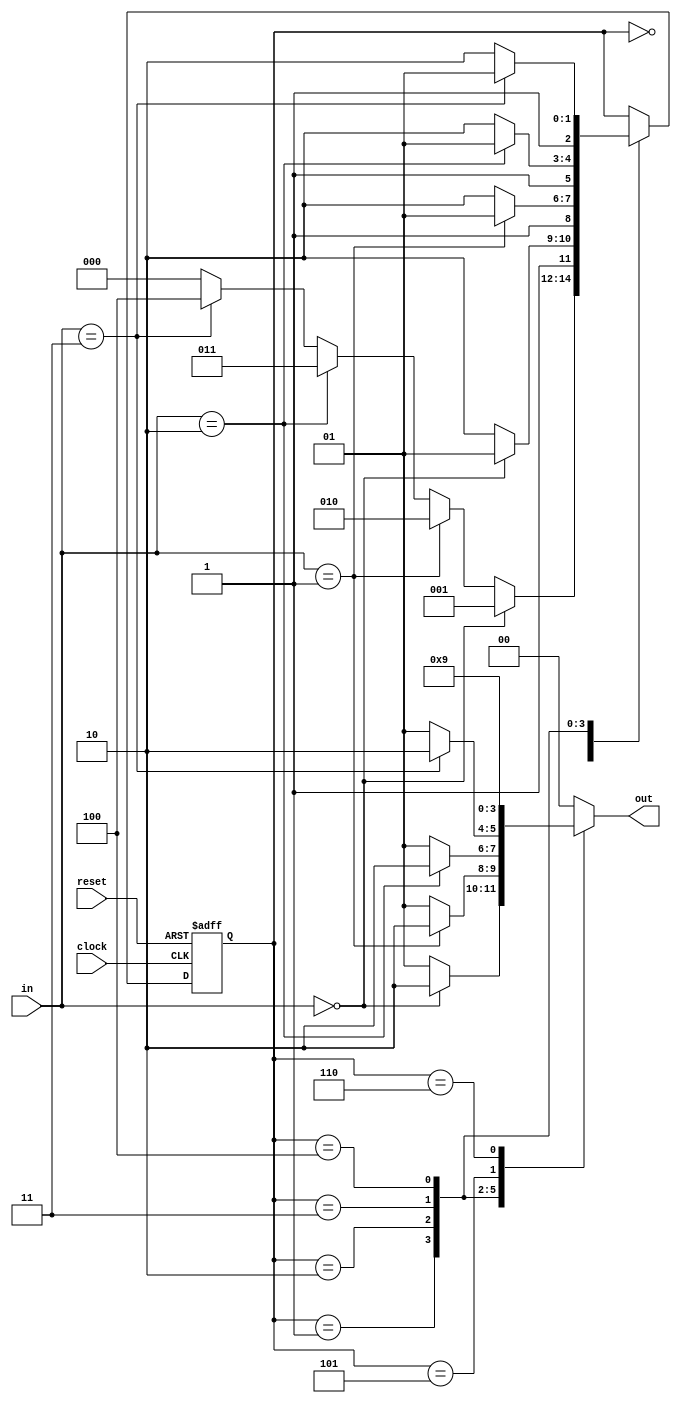
module simon1 (clock, reset, in, out);
  input wire clock, reset;
  input wire [1:0] in;
  output reg [1:0] out;

  localparam [2:0]
    start = 000,
    R = 001,
    G = 010,
    B = 011,
    Y = 100,
    win = 101,
    game_over = 110;
    
  reg[2:0] state_reg, state_next; 

  always @(posedge clock, posedge reset)
  begin
    if (reset) begin
        state_reg <= start;
    end
    else begin
        state_reg <= state_next;
    end
  end 

  always @(in, state_reg) begin 
    state_next = state_reg; // default state_next
    out = 00; // default outputs
    case(state_reg)
        start : begin
            if (in==2'b00) begin
                state_next = R;
                out = 00;
            end
            else if (in==2'b01) begin
                state_next = G;
                out = 00;
            end
            else if (in==2'b10) begin
                state_next = B;
                out = 00;
            end
            else if (in==2'b11) begin
                state_next = Y;
                out = 00;
            end
            else begin // remain in current state
                state_next = start;
                out = 00;
            end
        end
        R : begin
            if (in==2'b00) begin
                out = 10;
                state_next = win;
            end
            else begin
                out = 01;
                state_next = game_over; 
            end
        end
        G : begin
            if (in==2'b01) begin
                out = 10;
                state_next = win;
            end
            else begin
                out = 01;
                state_next = game_over; 
            end
        end
        B : begin
            if (in==2'b10) begin
                out = 10;
                state_next = win;
            end
            else begin
                out = 01;
                state_next = game_over; 
            end
        end
        Y : begin
            if (in==2'b11) begin
                out = 10;
                state_next = win;
            end
            else begin
                out = 01;
                state_next = game_over; 
            end
        end
        win : begin
            out = 10;
        end
        game_over : begin
            out = 01;
        end
    endcase
  end  
endmodule